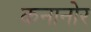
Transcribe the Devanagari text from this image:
कनानोर